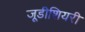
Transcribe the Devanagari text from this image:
जूडीशियरी